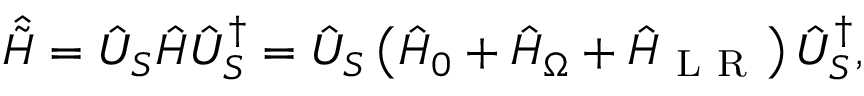
\hat { \tilde { H } } = \hat { U } _ { S } \hat { H } \hat { U } _ { S } ^ { \dagger } = \hat { U } _ { S } \left( \hat { H } _ { 0 } + \hat { H } _ { \Omega } + \hat { H } _ { \mathrm { ~ L ~ R ~ } } \right) \hat { U } _ { S } ^ { \dagger } ,